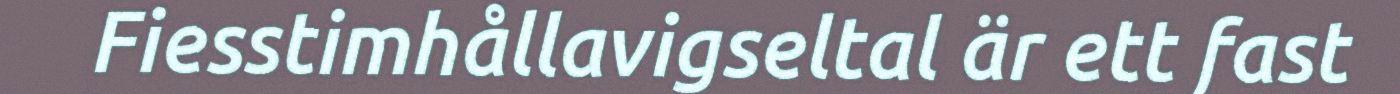
Fiesstimhållavigseltal är ett fast